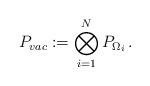
LaTeX: \begin{align*}P_{vac}:=\bigotimes_{i=1}^{N} P_{\Omega_i}\,.\end{align*}